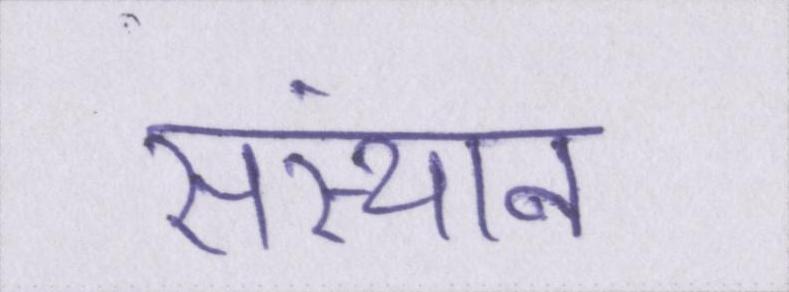
संस्थान